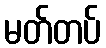
မတ်တပ်